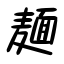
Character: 麺